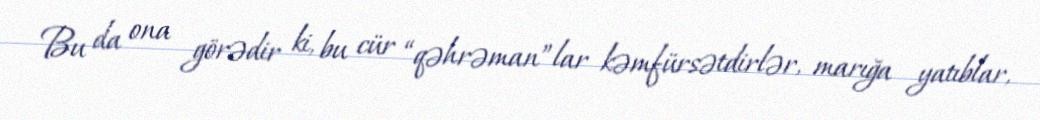
Bu da ona görədir ki, bu cür “qəhrəman”lar kəmfürsətdirlər, marığa yatıblar,